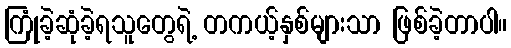
ကြုံခဲ့ဆုံခဲ့ရသူတွေရဲ့ တကယ့်နှစ်များသာ ဖြစ်ခဲ့တာပါ။